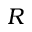
R